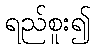
ရည်စူး၍